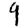
Digit: 9